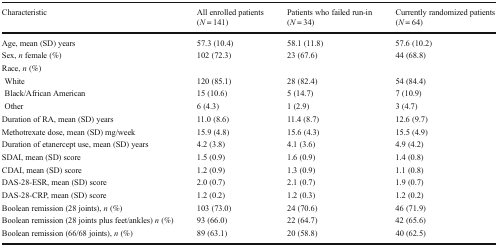
<table><thead><tr><td><b>Characteristic</b></td><td><b>All enrolled patients (<i>N</i> = 141)</b></td><td><b>Patients who failed run-in (<i>N</i> = 34)</b></td><td><b>Currently randomized patients (<i>N</i> = 64)</b></td></tr></thead><tbody><tr><td>Age, mean (SD) years</td><td>57.3 (10.4)</td><td>58.1 (11.8)</td><td>57.6 (10.2)</td></tr><tr><td>Sex, <i>n</i> female (%)</td><td>102 (72.3)</td><td>23 (67.6)</td><td>44 (68.8)</td></tr><tr><td colspan="4">Race, <i>n</i> (%)</td></tr><tr><td> White</td><td>120 (85.1)</td><td>28 (82.4)</td><td>54 (84.4)</td></tr><tr><td> Black/African American</td><td>15 (10.6)</td><td>5 (14.7)</td><td>7 (10.9)</td></tr><tr><td> Other</td><td>6 (4.3)</td><td>1 (2.9)</td><td>3 (4.7)</td></tr><tr><td>Duration of RA, mean (SD) years</td><td>11.0 (8.6)</td><td>11.4 (8.7)</td><td>12.6 (9.7)</td></tr><tr><td>Methotrexate dose, mean (SD) mg/week</td><td>15.9 (4.8)</td><td>15.6 (4.3)</td><td>15.5 (4.9)</td></tr><tr><td>Duration of etanercept use, mean (SD) years</td><td>4.2 (3.8)</td><td>4.1 (3.6)</td><td>4.9 (4.2)</td></tr><tr><td>SDAI, mean (SD) score</td><td>1.5 (0.9)</td><td>1.6 (0.9)</td><td>1.4 (0.8)</td></tr><tr><td>CDAI, mean (SD) score</td><td>1.2 (0.9)</td><td>1.3 (0.9)</td><td>1.1 (0.8)</td></tr><tr><td>DAS-28-ESR, mean (SD) score</td><td>2.0 (0.7)</td><td>2.1 (0.7)</td><td>1.9 (0.7)</td></tr><tr><td>DAS-28-CRP, mean (SD) score</td><td>1.2 (0.2)</td><td>1.2 (0.3)</td><td>1.2 (0.2)</td></tr><tr><td>Boolean remission (28 joints), <i>n</i> (%)</td><td>103 (73.0)</td><td>24 (70.6)</td><td>46 (71.9)</td></tr><tr><td>Boolean remission (28 joints plus feet/ankles) <i>n</i> (%)</td><td>93 (66.0)</td><td>22 (64.7)</td><td>42 (65.6)</td></tr><tr><td>Boolean remission (66/68 joints), <i>n</i> (%)</td><td>89 (63.1)</td><td>20 (58.8)</td><td>40 (62.5)</td></tr></tbody></table>